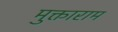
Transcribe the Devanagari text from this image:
मुक्ताराम